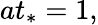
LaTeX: at_{*}=1,